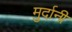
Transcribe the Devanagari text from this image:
मुर्दानी